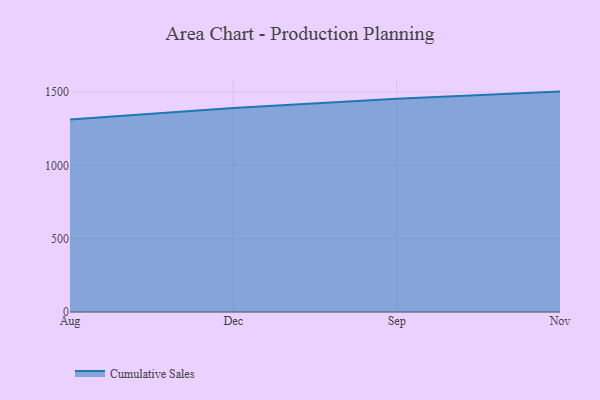
{"axis": {"x": "Month", "y": "Temperature (°C)"}, "legend": ["Cumulative Sales"], "data": [{"x": "Aug", "y": 1313.1, "type": "Cumulative Sales"}, {"x": "Dec", "y": 1391.6, "type": "Cumulative Sales"}, {"x": "Sep", "y": 1454.2, "type": "Cumulative Sales"}, {"x": "Nov", "y": 1503.5, "type": "Cumulative Sales"}]}